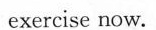
exercise now.